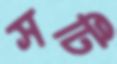
সটি